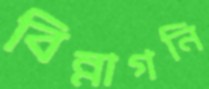
বিন্নাগনি